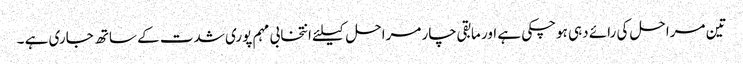
تین مراحل کی رائے دہی ہوچکی ہے اور مابقی چار مراحل کیلئے انتخابی مہم پوری شدت کے ساتھ جاری ہے ۔